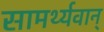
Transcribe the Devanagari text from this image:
सामर्थ्यवान्